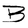
Character: B